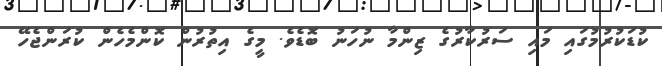
ކުޑަކުރުމުގައި މައި ސަރުކާރުގެ ޒިންމާ ނުހަނު ބޮޑެވެ. މީގެ އިތުރުން ކޮންމެހެން ކުރަންޖެހޭ